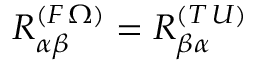
R _ { \alpha \beta } ^ { ( F \, \Omega ) } = R _ { \beta \alpha } ^ { ( T \, U ) }